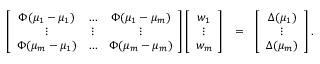
\begin{array} { r c l } { \left[ \begin{array} { c c c c } { \Phi ( \mu _ { 1 } - \mu _ { 1 } ) } & { \ldots } & { \Phi ( \mu _ { 1 } - \mu _ { m } ) } \\ { \vdots } & { \vdots } & { \vdots } \\ { \Phi ( \mu _ { m } - \mu _ { 1 } ) } & { \ldots } & { \Phi ( \mu _ { m } - \mu _ { m } ) } \end{array} \right] \left[ \begin{array} { c } { w _ { 1 } } \\ { \vdots } \\ { w _ { m } } \end{array} \right] } & { = } & { \left[ \begin{array} { c } { \Delta ( \mu _ { 1 } ) } \\ { \vdots } \\ { \Delta ( \mu _ { m } ) } \end{array} \right] . } \end{array}